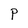
Character: P